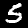
Label: 5